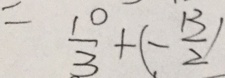
= \frac { 1 0 } { 3 } + ( - \frac { 1 3 } { 2 } )